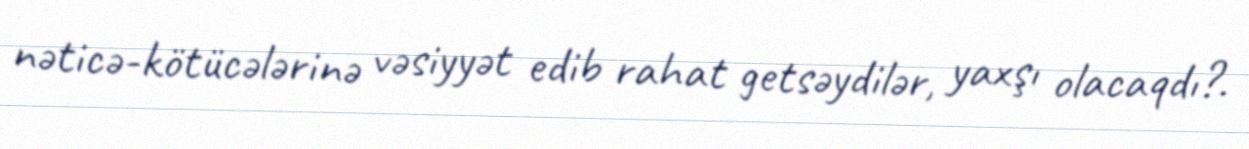
nəticə-kötücələrinə vəsiyyət edib rahat getsəydilər, yaxşı olacaqdı?.